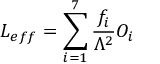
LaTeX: { \cal L } _ { e f f } = \sum _ { i = 1 } ^ { 7 } \frac { f _ { i } } { \Lambda ^ { 2 } } O _ { i }